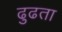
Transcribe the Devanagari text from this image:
ढुढता